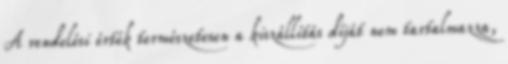
A rendelési érték természetesen a kiszállítás díját nem tartalmazza,